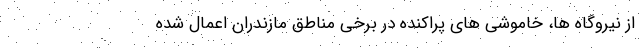
از نیروگاه ها، خاموشی های پراکنده در برخی مناطق مازندران اعمال شده